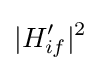
|H_{if}'|^{2}